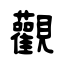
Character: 觀